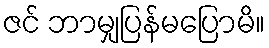
ဇင် ဘာမျှပြန်မပြောမိ။